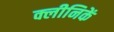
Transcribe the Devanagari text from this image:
क्लीनिकें